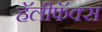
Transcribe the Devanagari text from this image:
हॅलीफॅक्स